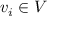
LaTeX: v _ { i } \in V